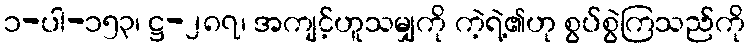
၁-ပါ-၁၅၃၊ ဋ္ဌ-၂၈၇၊ အကျင့်ဟူသမျှကို ကဲ့ရဲ့၏ဟု စွပ်စွဲကြသည်ကို